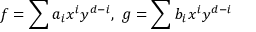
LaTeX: f = \sum a _ { i } x ^ { i } y ^ { d - i } , \ g = \sum b _ { i } x ^ { i } y ^ { d - i }